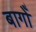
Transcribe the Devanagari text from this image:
बागोँ